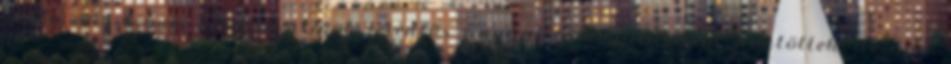
Zala vármegyei konzervatívok jelentős anyagi támogatásáról döntöttek, de úgy,